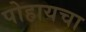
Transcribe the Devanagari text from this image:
पोहायचा